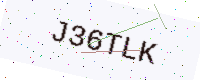
Text: J36TLK